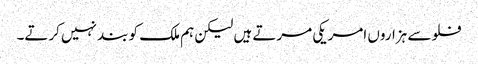
فلو سے ہزاروں امریکی مرتے ہیں لیکن ہم ملک کو بند نہیں کرتے۔